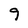
Character: 9